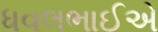
ધવલભાઈએ